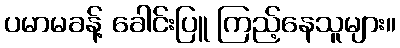
ပမာမခန့် ခေါင်းပြူ ကြည့်နေသူများ။